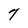
Character: 7